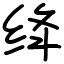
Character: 绛